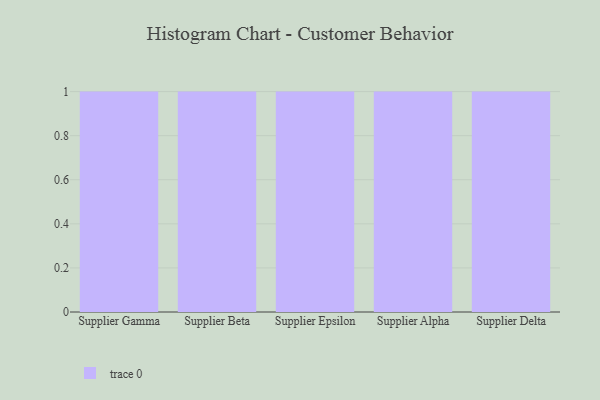
{"axis": {"x": "Supplier", "y": "Customer Acquisition Cost (USD)"}, "legend": [""], "data": [{"x": "Supplier Gamma", "y": 34, "type": ""}, {"x": "Supplier Beta", "y": 87, "type": ""}, {"x": "Supplier Epsilon", "y": 12, "type": ""}, {"x": "Supplier Alpha", "y": 38, "type": ""}, {"x": "Supplier Delta", "y": 36, "type": ""}]}